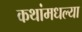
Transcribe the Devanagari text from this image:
कथांमधल्या